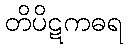
တိပိဋကဓရ